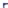
Text: +